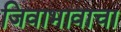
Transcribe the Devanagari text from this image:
जिवाभावाचा